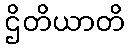
ဌိတိယာတိ